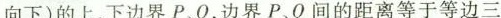
向下)的上、下边界P、Q，边界P、Q间的距离等于等边三